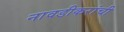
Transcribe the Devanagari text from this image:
नावडीकरांची